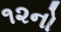
૧૨નો